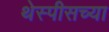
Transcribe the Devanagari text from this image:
थेस्पीसच्या